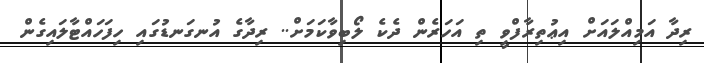
ރިދާ އަމިއްލައަށް އިޢުތިރާފްވީ ތި އަހަރެން ދެކެ ލޯބިވާކަމަށް.. ރިދާގެ އުނގަނޑުގައި ހިފަހައްޓާލައިގެން